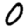
Digit: 0